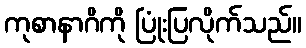
ကုစာနာဂိကို ပြုံးပြလိုက်သည်။